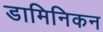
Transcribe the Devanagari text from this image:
डामिनिकन